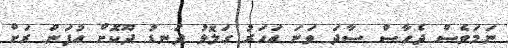
ނަމަވެސް ދެހާސް ސާދަ ވަނަ އަހަރު ގަލޮޅު ދަނޑު ދޫކޮށް އުފަން ރަށް